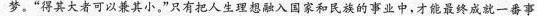
梦。”得其大者可以兼其小。”只有把人生理想融入国家和民族的事业中，才能最终成就一番事